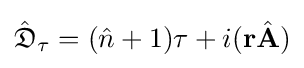
{\hat {\mathfrak {D}}}_{\tau }=({\hat {n}}+1)\tau +i(\mathbf {r} {\hat {\mathbf {A} }})